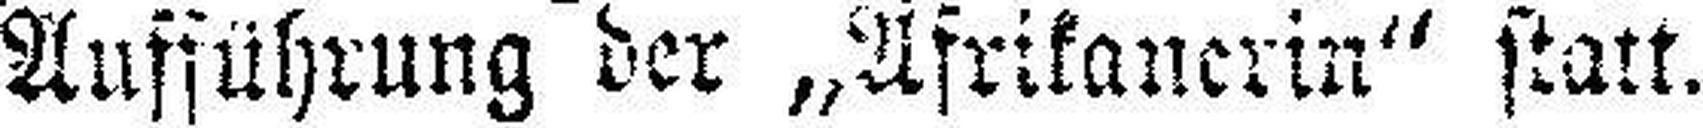
Aufführung der „Afrikanerin“ statt.